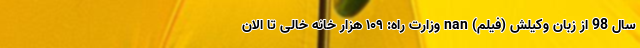
سال 98 از زبان وکیلش (فیلم) nan وزارت راه: ۱۰۹ هزار خانه خالی تا الان